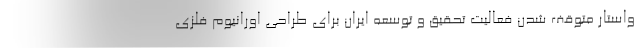
واستار متوقف شدن فعالیت تحقیق و توسعه ایران برای طراحی اورانیوم فلزی